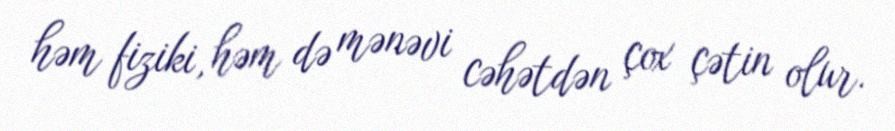
həm fiziki, həm də mənəvi cəhətdən çox çətin olur.